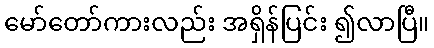
မော်တော်ကားလည်း အရှိန်ပြင်း ၍လာပြီ။